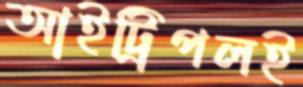
আইট্রিপলই